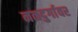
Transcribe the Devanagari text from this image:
नळदुर्गावर